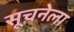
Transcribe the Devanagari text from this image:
सूचनेला